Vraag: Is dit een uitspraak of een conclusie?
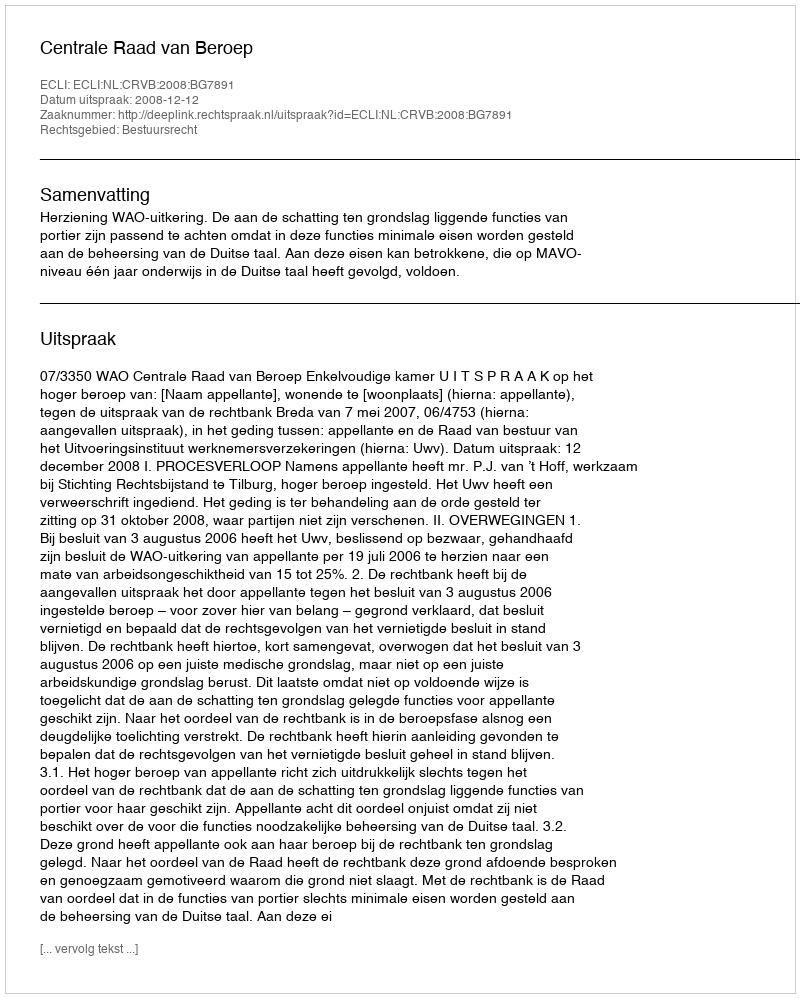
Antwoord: Uitspraak